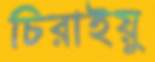
চিরাইয়ু